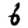
Digit: 6